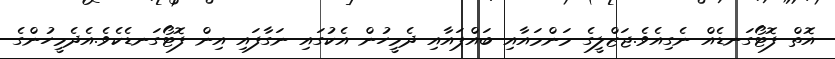
އޮތް ފޮޓޯގަނޑެއް ނެގިއެވެ.ޖަޒްލީގެ މަންމައާއި ބައްޕައާއި ދެމީހުން އެކުގައި ނަގާފައި އިން ފޮޓޯގަނޑެކެވެ.އެދެމީހުންގެ